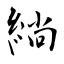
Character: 緔